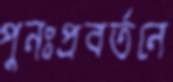
পুনঃপ্রবর্তনে